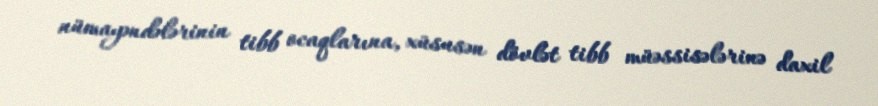
nümayəndələrinin tibb ocaqlarına, xüsusən dövlət tibb müəssisələrinə daxil